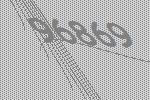
96869